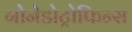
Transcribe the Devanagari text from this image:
गोनेडोट्रोफिन्स